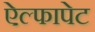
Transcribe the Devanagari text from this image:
ऐल्फापेट